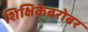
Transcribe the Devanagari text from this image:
शिक्षिकेबरोबर